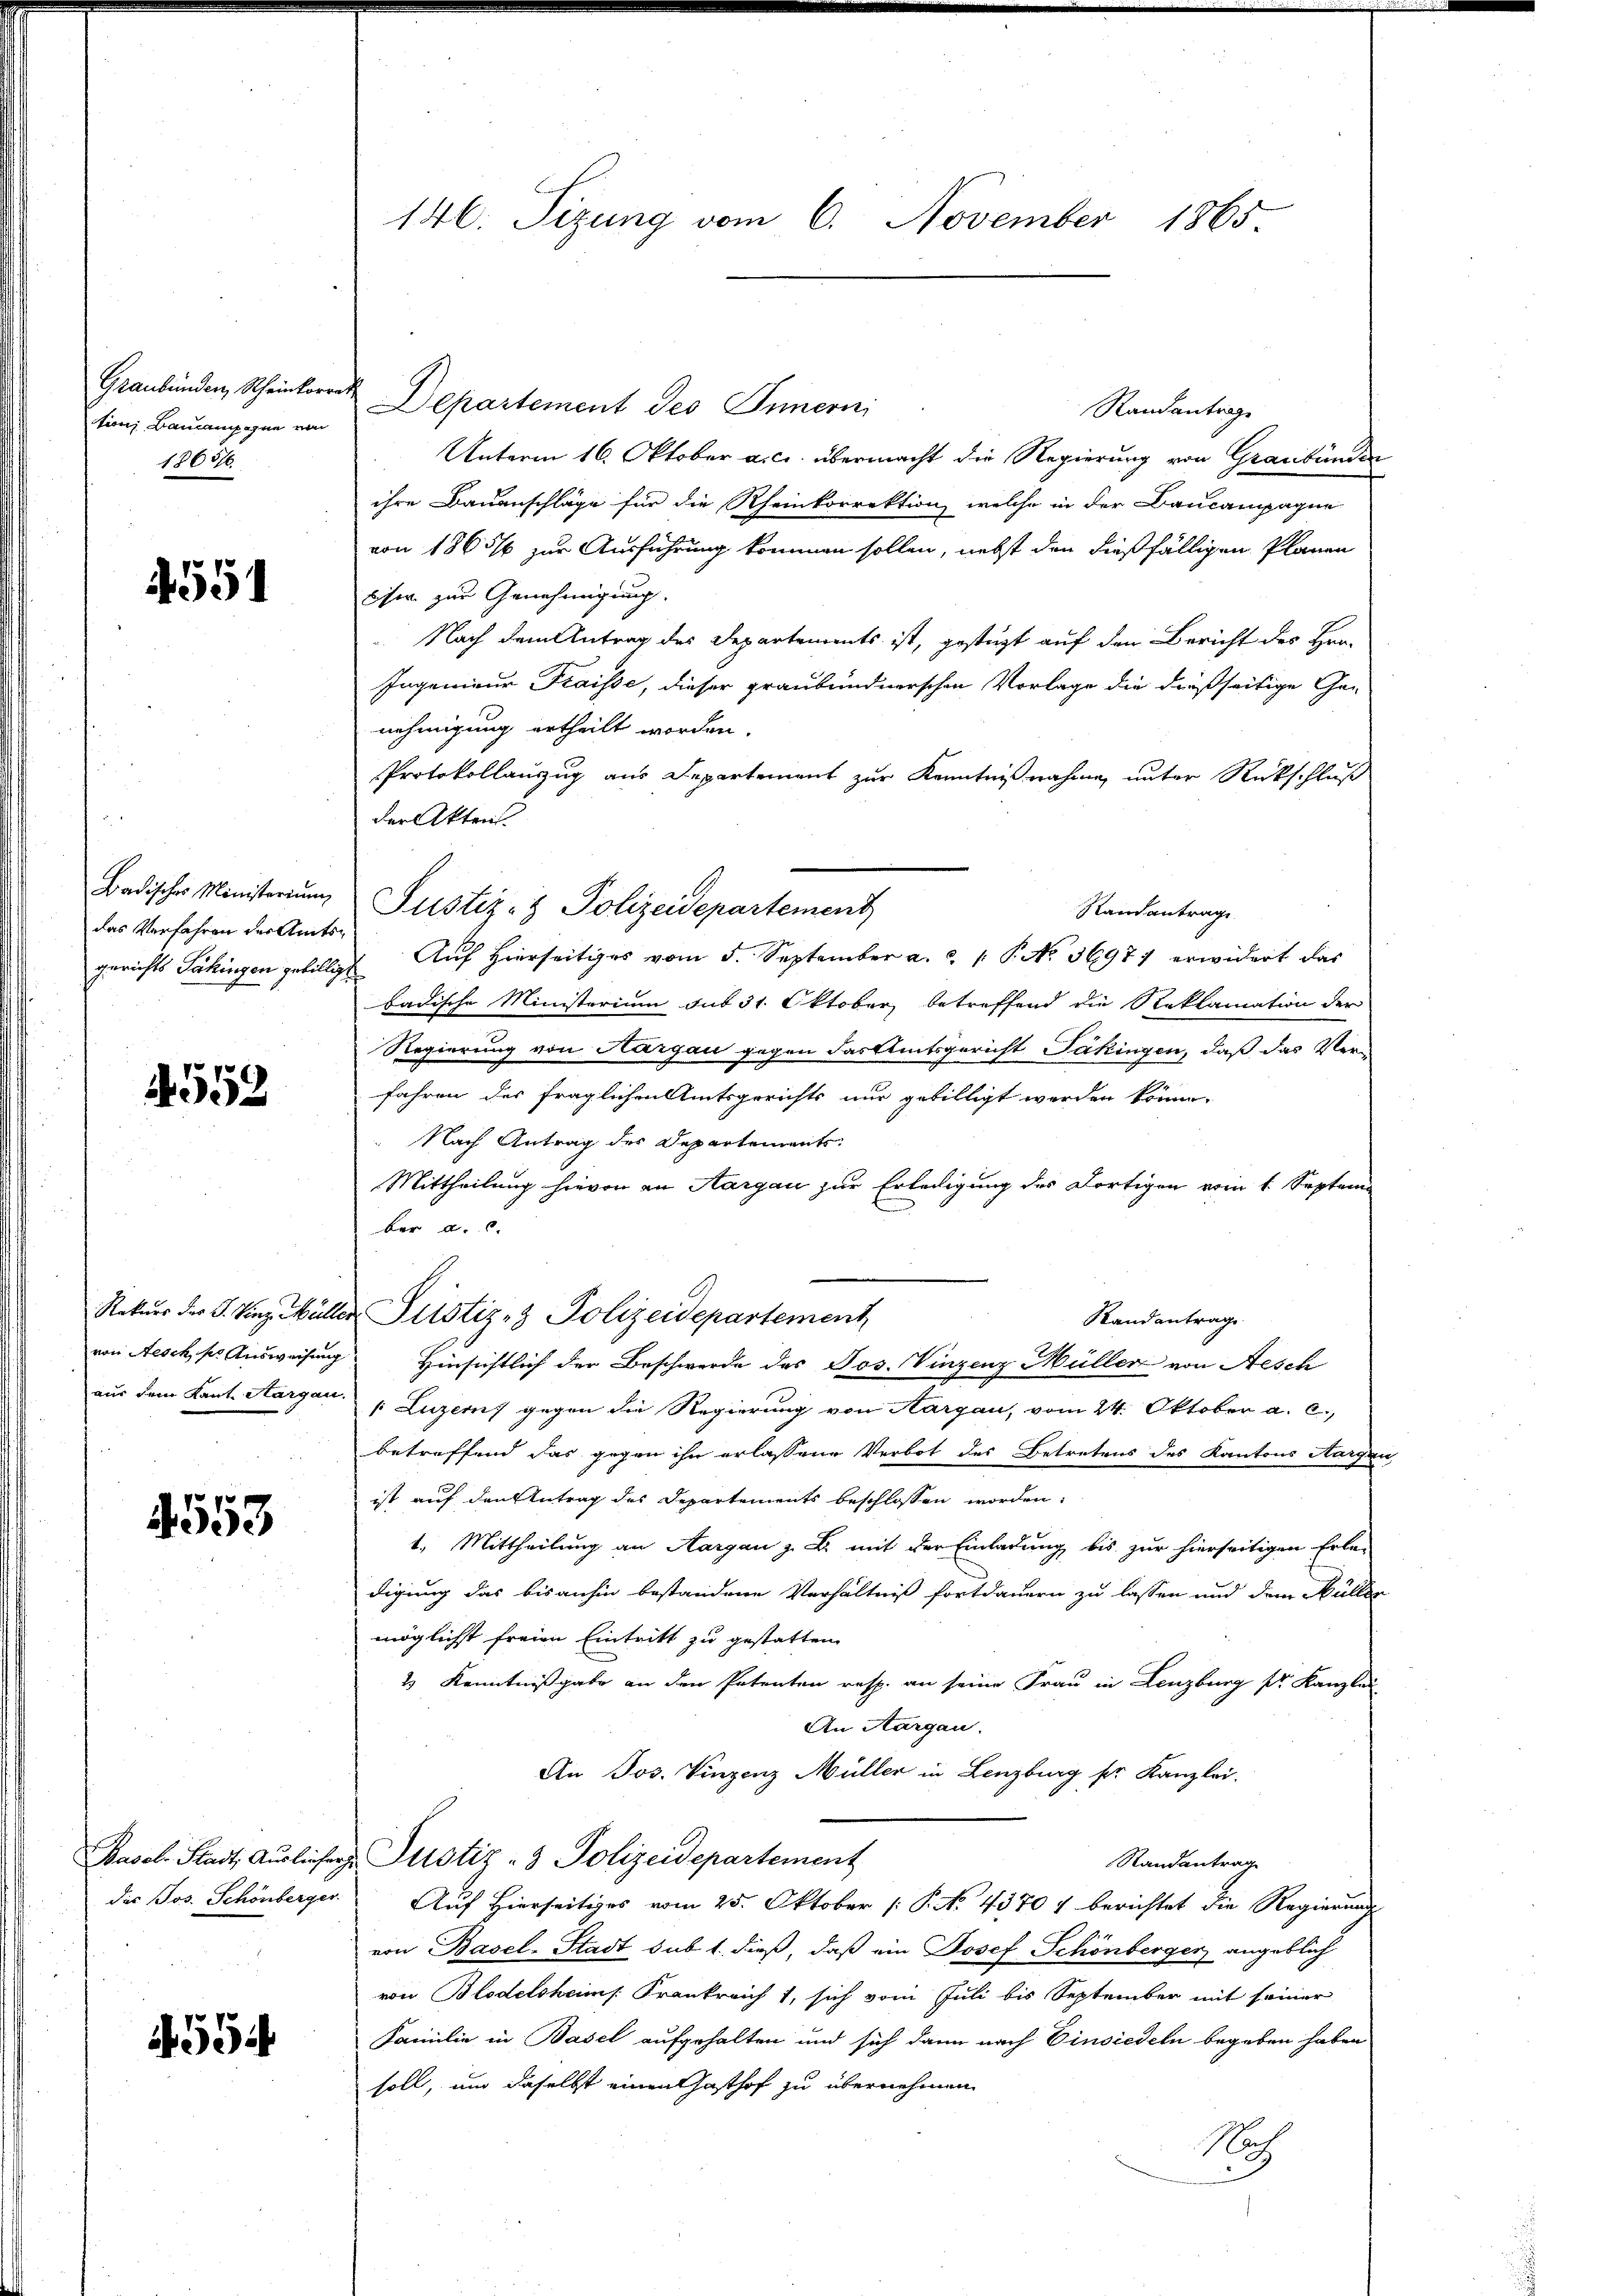
tions Baucampagnie von
1365/

4551

Badisches Ministerium
das Verfahren der Amtsgerichts dahingen gebillig

1552

von Aesch, ser Ausweisung

4553

das Jos. Schönberger

554

146. Sizung vom 6. November 1865

Graubünden, Scheinkorrest Departement des Innern
Randantrage
Unterm 16. Oktober a. c. übermacht die Regierung von Graubünden
ihre Bauanschläge für die Rheinkorrektion, welche in der Baucampagne
von 1865/6 zur Ausführung kommen sollen, nebst den dießfälligen Plänen
cise zur Genehmigung.
Nach dem Antrag des Departements ist, gestüzt auf den Bericht des Hrn.
Ingenieur Fraisse, dieser graubündnerschen Vorlage die dießseitige Ge-
nehmigung ertheilt worden.
Protokollanzug aus Departement zur Kenntnißnahme, unter Rückschluß
der Akten.
Standantrage
Auf Hierseitiges vom 5. September a. ..  P. No. 36977 erwidert das
badische Ministerium sub 31. Oktober betreffend die Reklamation der
Regierung von Aargau gegen Farttitsgericht Jäkingen, daß das Ver-
fahren des fraglichen Amtsgerichts nur gebilligt werden könne.
Nach Antrag des Departements-
Mittheilung hievon an Aargau zur Erledigung des dortigen vom 1. Septem
ber a. c.
Rekurs der S. Vinz Müller Justiz- & Polizeidepartement,
Stand antrag
Hinsichtlich der Beschwerde des Jos. Vinzenz Müller von Aesch
aus dem Kant. Aargau, Luzern gegen die Regierung von Aargau, vom 24. Oktober a. c.
betreffend das gegen ihn erlassene Verbot des Betretens des Kantons Aargau
ist auf den Antrag des Departements beschlossen worden.
1. Mittheilung an Aargau z. B. mit der Einladung bis zur hierseitigen Erle-
digung das bisanhin bestandene Verhältniß fortdauern zu lassen und dem Müller
möglichst freien Eintritt zu gestatten.
2 Kenntnißgabe an den Petenten resp. an seine Frau in Lenzburg pr. Kanzlei
An Aargau.
An Jos. Vinzenz Müller in Lenzburg ser Kanzlei.
Basel-Stadt Ausliefer Justiz- & Polizeidepartement
Randantrag
Auf Hierseitiges vom 25. Oktober [ P. No. 43707 berichtet die Regierung
von Basel-Stadt sub 1. dieß, daß ein Josef Schönberger angeblich
von Blodelsheims Frankreicht, sich vom Juli bis September mit seiner
Familie in Basel aufgehalten und sich dann nach Einsiedeln begeben haben
soll, und daselbst einen hasthof zu übernehmen
Naz

Justiz- & Polizeidepartement